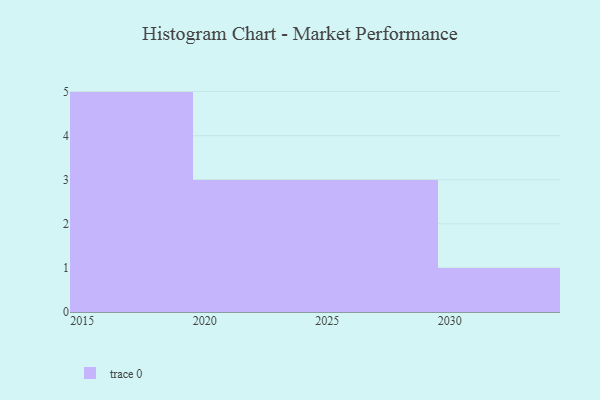
{"axis": {"x": "Year", "y": "Active Users"}, "legend": [""], "data": [{"x": "2018", "y": 68, "type": ""}, {"x": "2015", "y": 51, "type": ""}, {"x": "2024", "y": 100, "type": ""}, {"x": "2017", "y": 69, "type": ""}, {"x": "2023", "y": 63, "type": ""}, {"x": "2028", "y": 53, "type": ""}, {"x": "2022", "y": 22, "type": ""}, {"x": "2019", "y": 7, "type": ""}, {"x": "2030", "y": 44, "type": ""}, {"x": "2016", "y": 7, "type": ""}, {"x": "2026", "y": 48, "type": ""}, {"x": "2029", "y": 100, "type": ""}]}